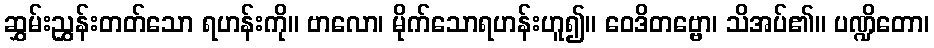
ဆွှမ်းညွှန်းတတ်သော ရဟန်းကို။ ဗာလော၊ မိုက်သောရဟန်းဟူ၍။ ဝေဒိတဗ္ဗော၊ သိအပ်၏။ ပဏ္ဍိတော၊